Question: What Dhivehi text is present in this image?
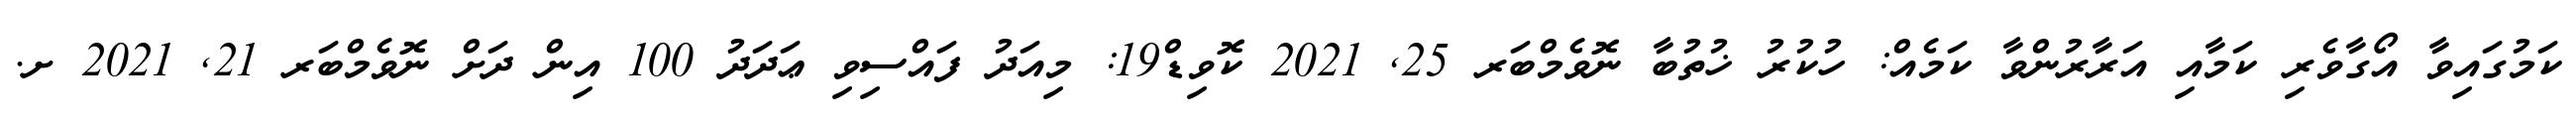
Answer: ކަމުގައިވާ އޯގާވެރި ކަމާއި އަރާރުންވާ ކަމެއް: ހުކުރު ޚުތުބާ ނޮވެމްބަރ 25, 2021 ކޮވިޑް19: މިއަދު ފައްސިވި ޢަދަދު 100 އިން ދަށް ނޮވެމްބަރ 21, 2021 ށ.